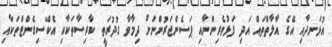
އުޅަނދާއި އޭގެ އާލާތްތައް އަދި ފަޅުވެރިންނާއި ޕަސެންޖަރުންނަށް ދިމާވާ ގުދުރަތީ ކާރިސާތަކާއި އެކްސިޑެންޓްތަކާއި